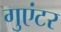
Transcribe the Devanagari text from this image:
गुएंटर